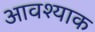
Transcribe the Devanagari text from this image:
आवश्याक